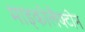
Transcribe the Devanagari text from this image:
माइकोलैक्टोन